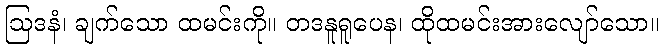
ဩဒနံ၊ ချက်သော ထမင်းကို။ တဒနူရူပေန၊ ထိုထမင်းအားလျော်သော။